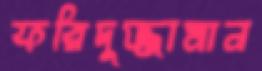
ফরিদুজ্জামান